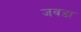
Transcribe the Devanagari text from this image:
जवडा